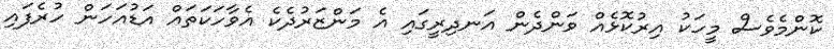
ކޮންމެވެސް މީހަކު އިރުކޮޅެއް ވަންދެން އަނދިރީގައި އެ މަންޒަރުދެކެ އެވާހަކަތައް އަޑުއަހަން ހުރެފައި